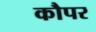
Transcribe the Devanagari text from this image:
कौपर